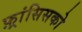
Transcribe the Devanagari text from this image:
फ़्रांसिसको